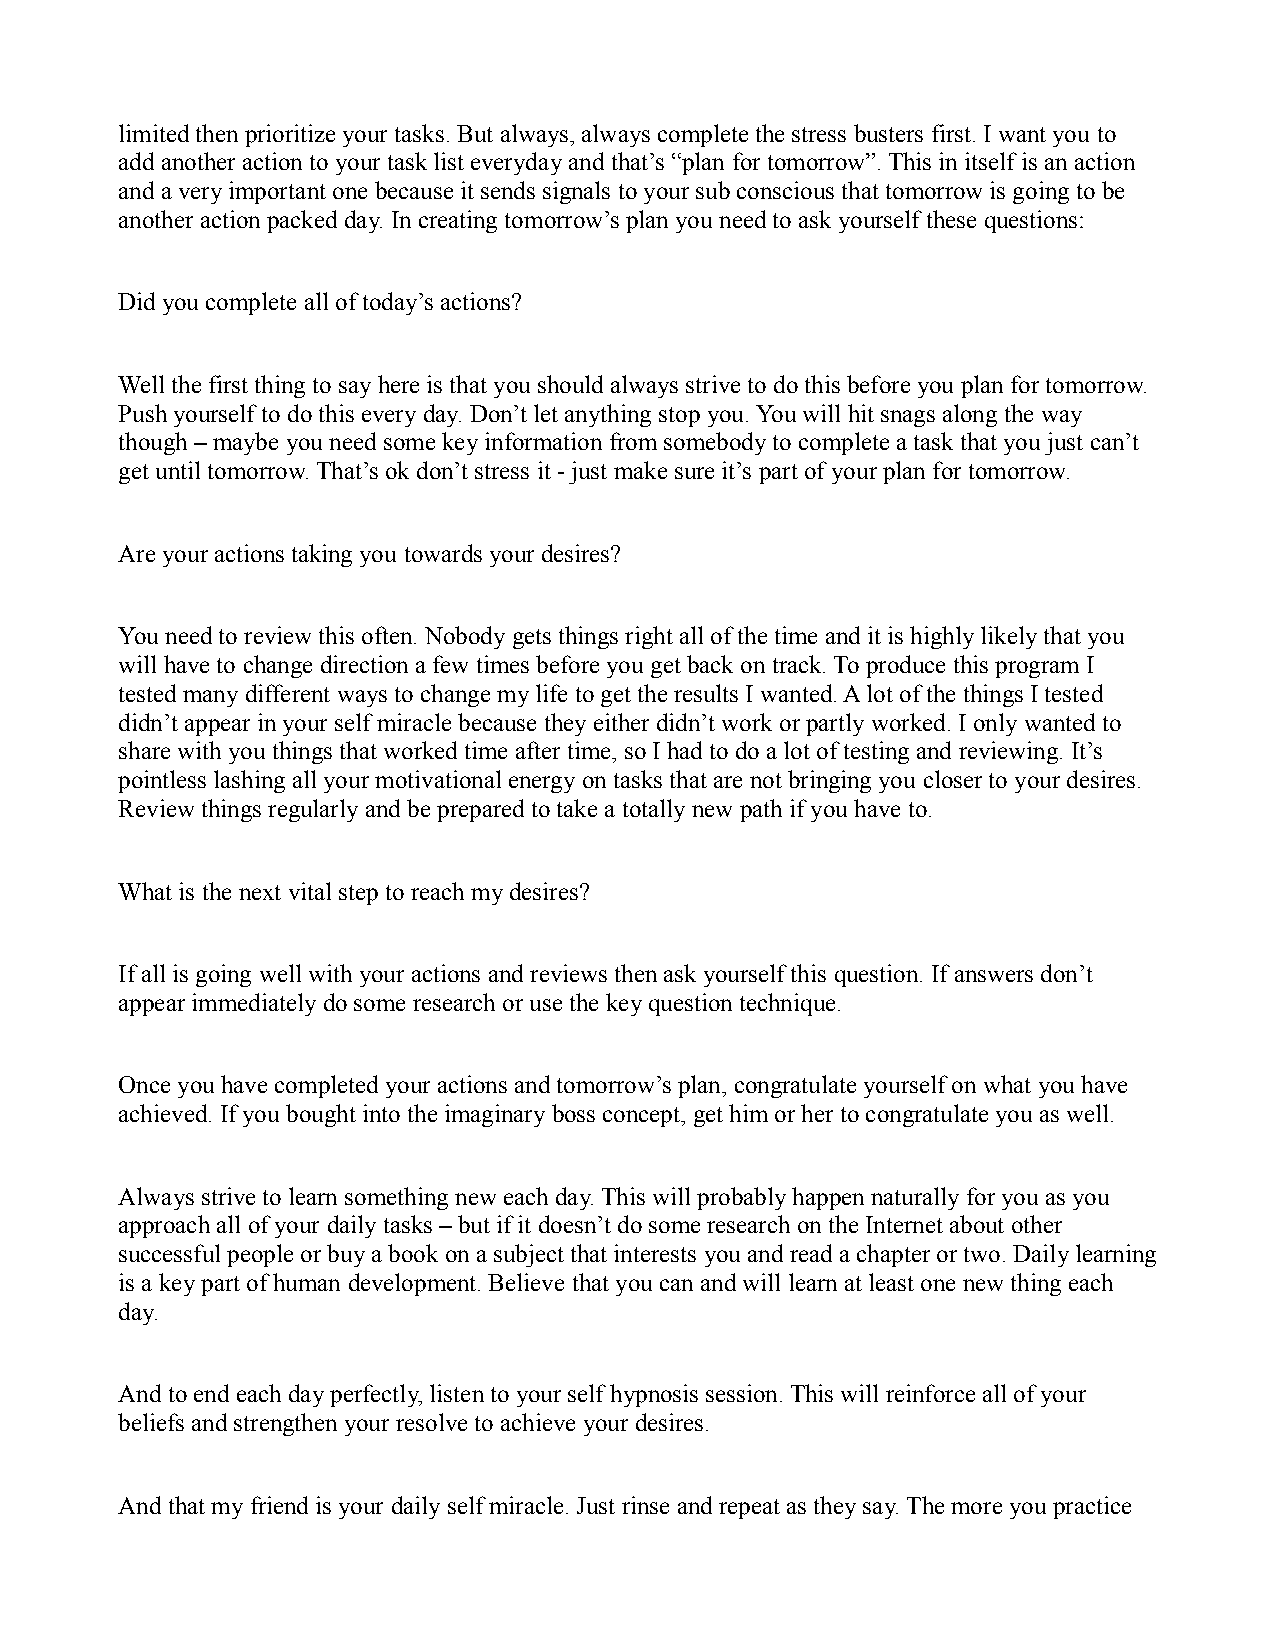
limited then prioritize your tasks. But always, always complete the stress busters first. I want you to
 add another action to your task list everyday and that’s “plan for tomorrow”. This in itself is an action
 and a very important one because it sends signals to your sub conscious that tomorrow is going to be
 another action packed day. In creating tomorrow’s plan you need to ask yourself these questions:
 Did you complete all of today’s actions?
 Well the first thing to say here is that you should always strive to do this before you plan for tomorrow.
 Push yourself to do this every day. Don’t let anything stop you. You will hit snags along the way
 though – maybe you need some key information from somebody to complete a task that you just can’t
 get until tomorrow. That’s ok don’t stress it - just make sure it’s part of your plan for tomorrow.
 Are your actions taking you towards your desires?
 You need to review this often. Nobody gets things right all of the time and it is highly likely that you
 will have to change direction a few times before you get back on track. To produce this program I
 tested many different ways to change my life to get the results I wanted. A lot of the things I tested
 didn’t appear in your self miracle because they either didn’t work or partly worked. I only wanted to
 share with you things that worked time after time, so I had to do a lot of testing and reviewing. It’s
 pointless lashing all your motivational energy on tasks that are not bringing you closer to your desires.
 Review things regularly and be prepared to take a totally new path if you have to.
 What is the next vital step to reach my desires?
 If all is going well with your actions and reviews then ask yourself this question. If answers don’t
 appear immediately do some research or use the key question technique.
 Once you have completed your actions and tomorrow’s plan, congratulate yourself on what you have
 achieved. If you bought into the imaginary boss concept, get him or her to congratulate you as well.
 Always strive to learn something new each day. This will probably happen naturally for you as you
 approach all of your daily tasks – but if it doesn’t do some research on the Internet about other
 successful people or buy a book on a subject that interests you and read a chapter or two. Daily learning
 is a key part of human development. Believe that you can and will learn at least one new thing each
 day.
 And to end each day perfectly, listen to your self hypnosis session. This will reinforce all of your
 beliefs and strengthen your resolve to achieve your desires.
 And that my friend is your daily self miracle. Just rinse and repeat as they say. The more you practice